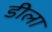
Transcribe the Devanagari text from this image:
डीला